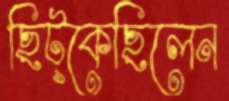
ছিট্‌কেছিলেন